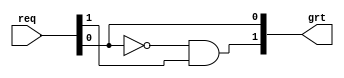
module pe_arb ( 
        req, 
        grt
);

input  [1:0]  req;      
output [1:0]  grt;      

assign  grt[0]  =                   req[0]; 
assign  grt[1]  = (req[0]   == 0) & req[1];

endmodule